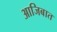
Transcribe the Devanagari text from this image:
आजिबात